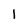
Character: I